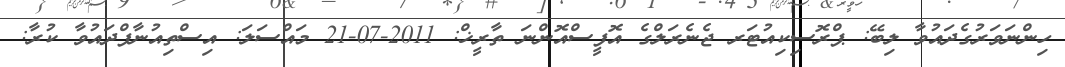
ހިންނަވަރުގެދައުވާ ލިބޭ: ޕްރޮސިކިއުޓަރ ޖެނެރަލްގެ އޮފީސްއޮންނަ ތާރީޚް: 2011-07-21 މައްސަލަ: އިސްތިއުނާފްދައުވާ ކުރާ: